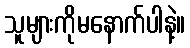
သူများကိုမနောက်ပါနဲ့။